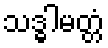
သဒ္ဓါမတ္တံ